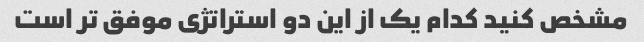
مشخص کنید کدام یک از این دو استراتژی موفق تر است